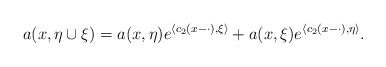
\begin{align*} a(x,\eta\cup\xi)=a(x,\eta)e^{\langle c_2(x-\cdot),\xi\rangle} +a(x,\xi)e^{\langle c_2(x-\cdot),\eta\rangle}. \end{align*}